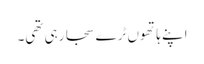
اپنے ہاتھوں ٹرے سجا رہی تھی۔